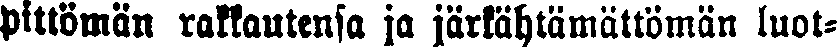
pittömän rakkautensa ja järkähtämättömän luot-